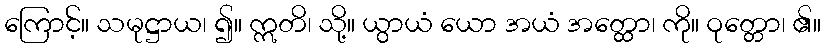
ကြောင့်။ သမုဋ္ဌာယ၊ ၍။ ဣတိ၊ သို့။ ယွာယံ ယော အယံ အတ္ထော၊ ကို။ ဝုတ္တော၊ ၏။